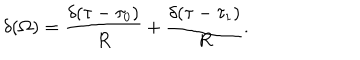
\delta ( \Omega ) = { \frac { \delta ( \tau - \tau _ { 0 } ) } { R } } + { \frac { \delta ( \tau - \tau _ { 1 } ) } { R } } .